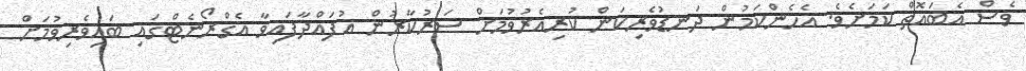
ވެސް އެބައޮތް ކަމަށެވެ. އެހެންކަމުން ދަނޑުވެރިކަން ކުރިއެރުވުމަށް ސަރުކާރުން އުފައްދާފައިވާ އެގްރޯނެޓްގައި ބައިވެރިވުމަށް